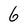
Character: 6